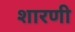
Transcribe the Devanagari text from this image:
शारणी